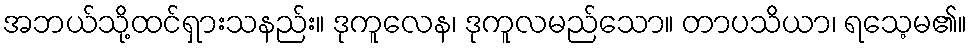
အဘယ်သို့ထင်ရှားသနည်း။ ဒုကူလေန၊ ဒုကူလမည်သော။ တာပသိယာ၊ ရသေ့မ၏။